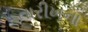
તારીખના